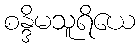
စန္ဒိမသူရိယေ